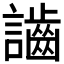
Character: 𪘙